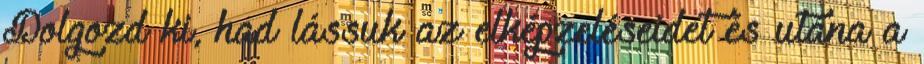
Dolgozd ki, had lássuk az elképzeléseidet és utána a